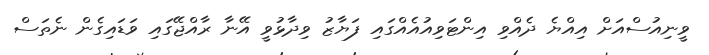
ވީނިއުސްއަށް އިއްޔެ ދެއްވި އިންޓަވިއުއެއްގައި ފަޔާޒު ވިދާޅުވީ އޭނާ ރާއްޖޭގައި ވަޑައިގެން ނެތަސް